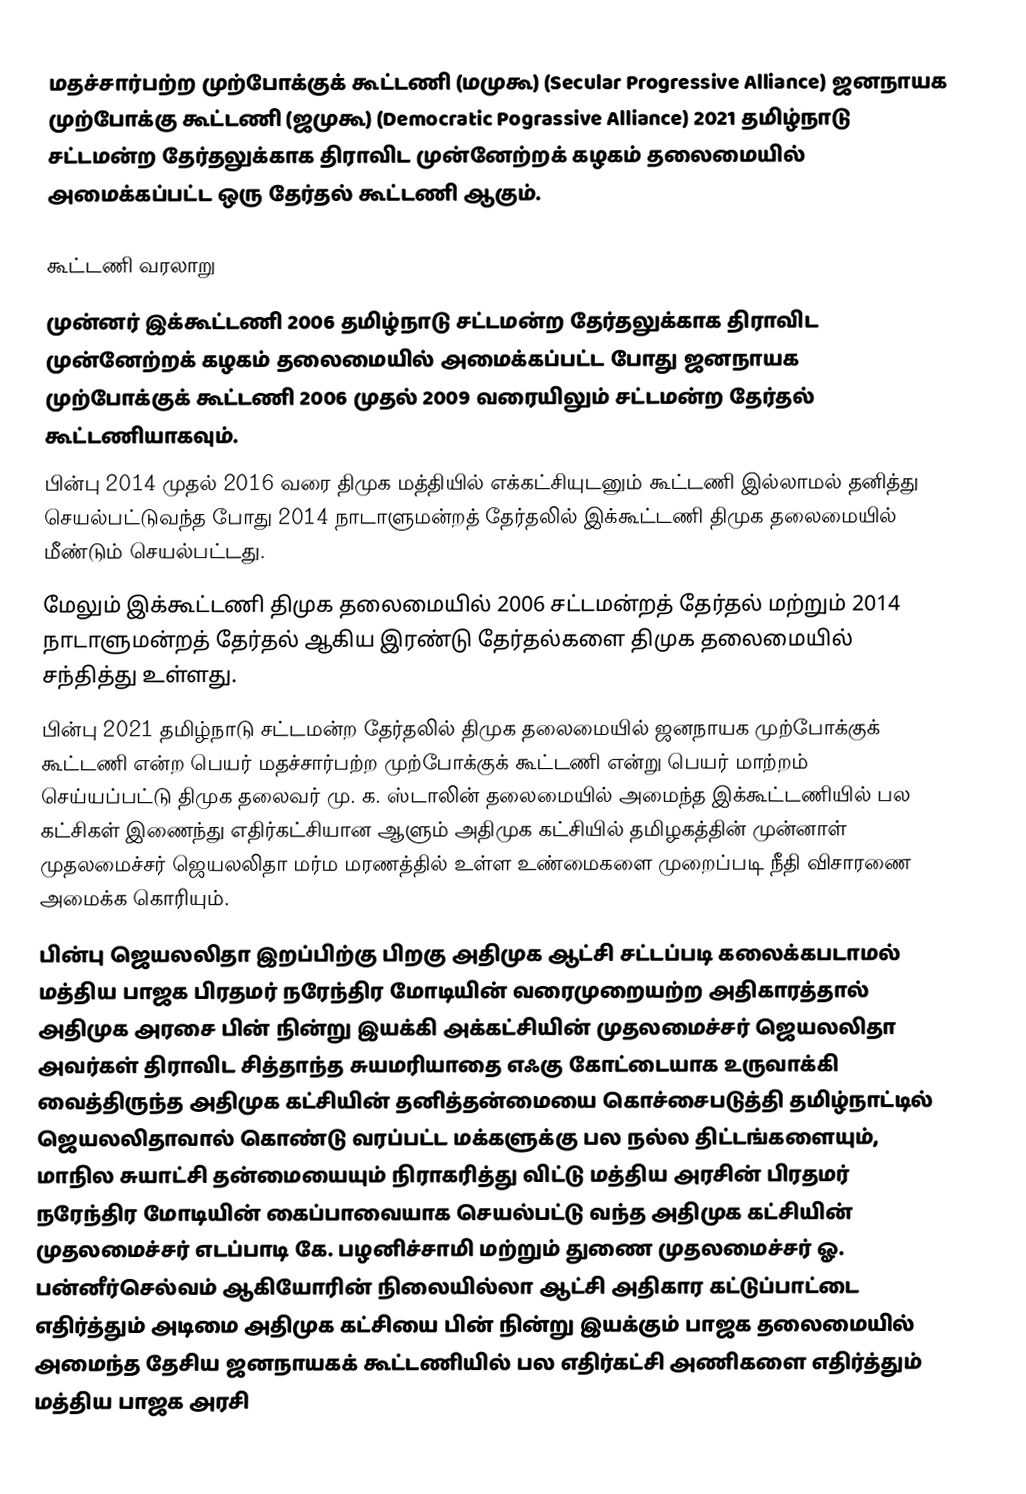
மதச்சார்பற்ற முற்போக்குக் கூட்டணி (மமுகூ) (Secular Progressive Alliance) ஜனநாயக முற்போக்கு கூட்டணி (ஜமுகூ) (Democratic Pograssive Alliance) 2021 தமிழ்நாடு சட்டமன்ற தேர்தலுக்காக திராவிட முன்னேற்றக் கழகம் தலைமையில் அமைக்கப்பட்ட ஒரு தேர்தல் கூட்டணி ஆகும்.

கூட்டணி வரலாறு
 முன்னர் இக்கூட்டணி 2006 தமிழ்நாடு சட்டமன்ற தேர்தலுக்காக திராவிட முன்னேற்றக் கழகம் தலைமையில் அமைக்கப்பட்ட போது ஜனநாயக முற்போக்குக் கூட்டணி 2006 முதல் 2009 வரையிலும் சட்டமன்ற தேர்தல் கூட்டணியாகவும்.
 பின்பு 2014 முதல் 2016 வரை திமுக மத்தியில் எக்கட்சியுடனும் கூட்டணி இல்லாமல் தனித்து செயல்பட்டுவந்த போது 2014 நாடாளுமன்றத் தேர்தலில் இக்கூட்டணி திமுக தலைமையில் மீண்டும் செயல்பட்டது.
 மேலும் இக்கூட்டணி திமுக தலைமையில் 2006 சட்டமன்றத் தேர்தல் மற்றும் 2014 நாடாளுமன்றத் தேர்தல் ஆகிய இரண்டு தேர்தல்களை திமுக தலைமையில் சந்தித்து உள்ளது.
 பின்பு 2021 தமிழ்நாடு சட்டமன்ற தேர்தலில் திமுக தலைமையில் ஜனநாயக முற்போக்குக் கூட்டணி என்ற பெயர் மதச்சார்பற்ற முற்போக்குக் கூட்டணி என்று பெயர் மாற்றம் செய்யப்பட்டு திமுக தலைவர் மு. க. ஸ்டாலின் தலைமையில் அமைந்த இக்கூட்டணியில் பல கட்சிகள் இணைந்து எதிர்கட்சியான ஆளும் அதிமுக கட்சியில் தமிழகத்தின் முன்னாள் முதலமைச்சர் ஜெயலலிதா மர்ம மரணத்தில் உள்ள உண்மைகளை முறைப்படி நீதி விசாரணை அமைக்க கொரியும்.
 பின்பு ஜெயலலிதா இறப்பிற்கு பிறகு அதிமுக ஆட்சி சட்டப்படி கலைக்கபடாமல் மத்திய பாஜக பிரதமர் நரேந்திர மோடியின் வரைமுறையற்ற அதிகாரத்தால் அதிமுக அரசை பின் நின்று இயக்கி அக்கட்சியின் முதலமைச்சர் ஜெயலலிதா அவர்கள் திராவிட சித்தாந்த சுயமரியாதை எஃகு கோட்டையாக உருவாக்கி வைத்திருந்த அதிமுக கட்சியின் தனித்தன்மையை கொச்சைபடுத்தி தமிழ்நாட்டில் ஜெயலலிதாவால் கொண்டு வரப்பட்ட மக்களுக்கு பல நல்ல திட்டங்களையும், மாநில சுயாட்சி தன்மையையும் நிராகரித்து விட்டு மத்திய அரசின் பிரதமர் நரேந்திர மோடியின் கைப்பாவையாக செயல்பட்டு வந்த அதிமுக கட்சியின் முதலமைச்சர் எடப்பாடி கே. பழனிச்சாமி மற்றும் துணை முதலமைச்சர் ஓ. பன்னீர்செல்வம் ஆகியோரின் நிலையில்லா ஆட்சி அதிகார கட்டுப்பாட்டை எதிர்த்தும் அடிமை அதிமுக கட்சியை பின் நின்று இயக்கும் பாஜக தலைமையில் அமைந்த தேசிய ஜனநாயகக் கூட்டணியில் பல எதிர்கட்சி அணிகளை எதிர்த்தும் மத்திய பாஜக அரசி